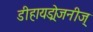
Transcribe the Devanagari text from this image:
डीहायड्रोजनीज्